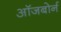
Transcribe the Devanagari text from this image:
ऑजबोर्न